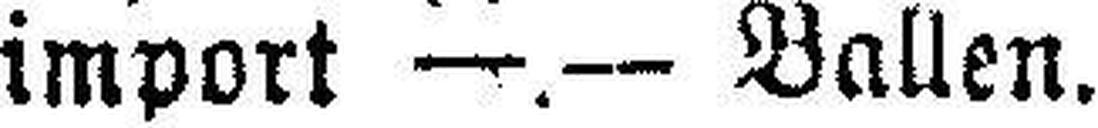
import —.— Ballen.